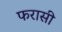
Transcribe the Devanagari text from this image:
फरासी